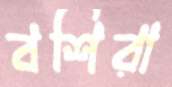
বশিরা